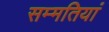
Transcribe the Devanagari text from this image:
सम्मतियां